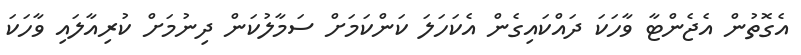
އެގޮތުން އެޖެންޓާ ވާހަކަ ދައްކައިގެން އެކަހަލަ ކަންކަމަށް ސަމާލުކަން ދިނުމަށް ކުރިއާލައި ވާހަކަ